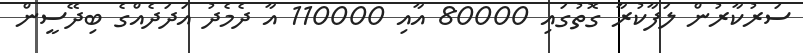
ސަރުކާރުން ލަފާކުރާ ގޮތުގައި 80000 އާއި 110000 އާ ދެމެދު އަދަދެއްގެ ބިދޭސީން